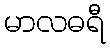
မာလဓရီ